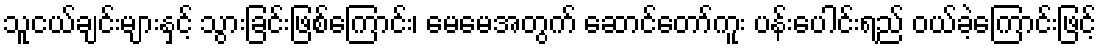
သူငယ်ချင်းများနှင့် သွားခြင်းဖြစ်ကြောင်း၊ မေမေအတွက် ဆောင်တော်ကူး ပန်းပေါင်းရည် ဝယ်ခဲ့ကြောင်းဖြင့်